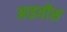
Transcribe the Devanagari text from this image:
आइवीस